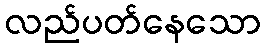
လည်ပတ်နေသော